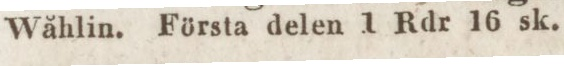
Wåhlin. Första delen 1 Rdr 16 sk.